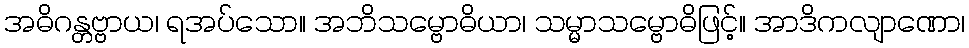
အဓိဂန္တဗ္ဗာယ၊ ရအပ်သော။ အဘိသမ္ဗောဓိယာ၊ သမ္မာသမ္ဗောဓိဖြင့်။ အာဒိကလျာဏော၊